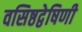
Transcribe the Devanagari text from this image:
वसिष्ठद्वेषिणी